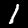
Label: 1